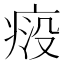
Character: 𬏱